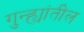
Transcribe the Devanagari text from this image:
गुन्ह्यांतील